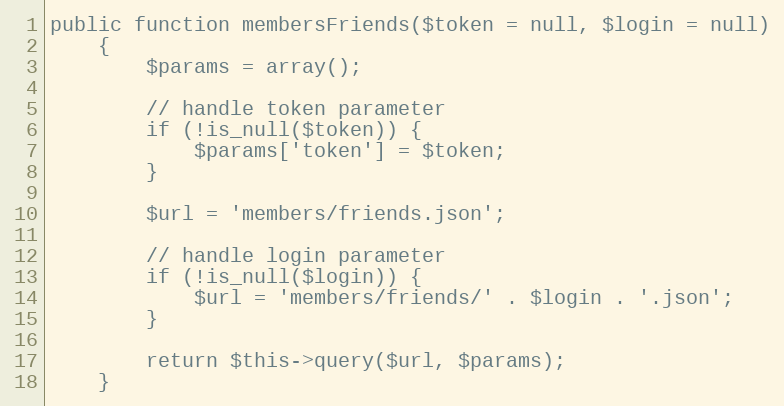
Language: PHP
public function membersFriends($token = null, $login = null)
    {
        $params = array();

        // handle token parameter
        if (!is_null($token)) {
            $params['token'] = $token;
        }

        $url = 'members/friends.json';

        // handle login parameter
        if (!is_null($login)) {
            $url = 'members/friends/' . $login . '.json';
        }

        return $this->query($url, $params);
    }